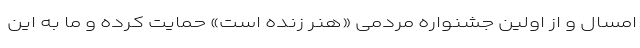
امسال و از اولین جشنواره مردمی «هنر زنده است» حمایت کرده و ما به این